Scientific memoirs by medical officers of the Army of India - Part X,
Year: 1897
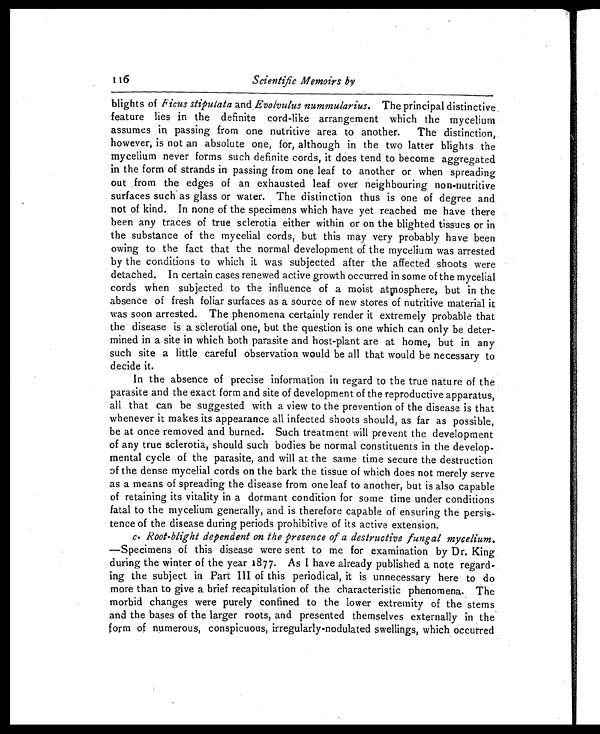
116
Scientific Memoirs by
blights of Ficus stiputata and Evolvulus nummularius. The principal distinctive
feature lies in the definite cord-like arrangement which the mycelium
assumes in passing from one nutritive area to another. The distinction,
however, is not an absolute one, for, although in the two latter blights the
mycelium never forms such definite cords, it does tend to become aggregated
in the form of strands in passing from one leaf to another or when spreading
out from the edges of an exhausted leaf over neighbouring non-nutritive
surfaces such as glass or water. The distinction thus is one of degree and
not of kind. In none of the specimens which have yet reached me have there
been any traces of true sclerotia either within or on the blighted tissues or in
the substance of the mycelial cords, but this may very probably have been
owing to the fact that the normal development of the mycelium was arrested
by the conditions to which it was subjected after the affected shoots were
detached. In certain cases renewed active growth occurred in some of the mycelial
cords when subjected to the influence of a moist atmosphere, but in the
absence of fresh foliar surfaces as a source of new stores of nutritive material it
was soon arrested. The phenomena certainly render it extremely probable that
the disease is a sclerotial one, but the question is one which can only be deter
-
mined in a site in which both parasite and host-plant are at home, but in any
such site a little careful observation would be all that would be necessary to
decide it.
In the absence of precise information in regard to the true nature of the
parasite and the exact form and site of development of the reproductive apparatus,
all that can be suggested with a view to the prevention of the disease is that
whenever it makes its appearance all infected shoots should, as far as possible,
be at once removed and burned. Such treatment will prevent the development
of any true sclerotia, should such bodies be normal constituents in the develop
-
mental cycle of the parasite, and will at the same time secure the destruction
o
f the dense mycelial cords on the bark the tissue of which does not merely serve
as a means of spreading the disease from one leaf to another, but is also capable
of retaining its vitality in a dormant condition for some time under conditions
fatal to the mycelium generally, and is therefore capable of ensuring the persis
-
tence of the disease during periods prohibitive of its active extension.
c. Root-blight dependent on the presence of a destructive fungal mycelium.
—Specimens of this disease were sent to me for examination by Dr. King
during the winter of the year 1877. As I have already published a note regard
-
ing the subject in Part III of this periodical, it is unnecessary here to do
more than to give a brief recapitulation of the characteristic phenomena. The
morbid changes were purely confined to the lower extremity of the
stems and the bases of the larger roots, and presented themselves externally in the
form of numerous, conspicuous, irregularly-nodulated swellings, which occurred